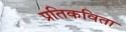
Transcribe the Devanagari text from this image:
प्रतिकविता